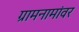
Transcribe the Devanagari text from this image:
ग्रामनामांवर